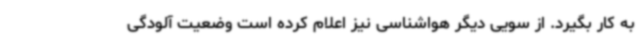
به کار بگیرد. از سویی دیگر هواشناسی نیز اعلام کرده ‌است وضعیت آلودگی